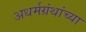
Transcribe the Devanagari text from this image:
अधर्मग्रंथांच्या